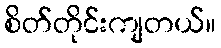
စိတ်တိုင်းကျတယ်။